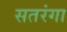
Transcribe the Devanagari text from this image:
सतरंगा